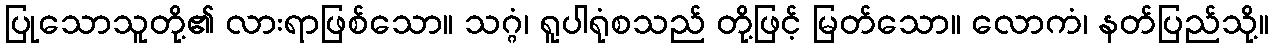
ပြုသောသူတို့၏ လားရာဖြစ်သော။ သဂ္ဂံ၊ ရူပါရုံစသည် တို့ဖြင့် မြတ်သော။ လောကံ၊ နတ်ပြည်သို့။